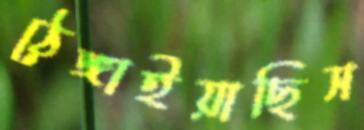
ঠেঙ্গাইয়াছিস